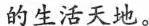
的生活天地。